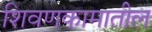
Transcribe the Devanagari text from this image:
शिवणकामातील